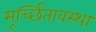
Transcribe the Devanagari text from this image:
मूर्च्छितावस्था